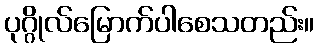
ပုဂ္ဂိုလ်မြောက်ပါစေသတည်း။